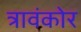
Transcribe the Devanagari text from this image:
त्रावंकोर